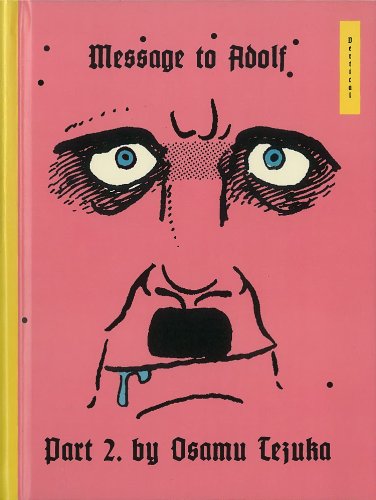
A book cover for Message to Adolf, Part 2; Osamu Tezuka; Comics & Graphic Novels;